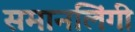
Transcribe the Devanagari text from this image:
समानलिंगी